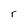
Character: r